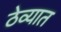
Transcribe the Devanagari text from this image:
ठेव्यात